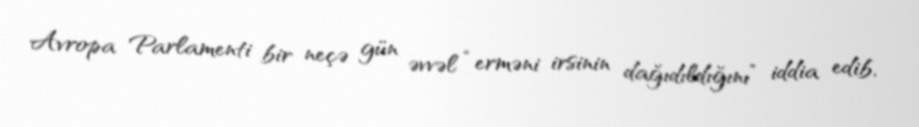
Avropa Parlamenti bir neçə gün əvvəl “erməni irsinin dağıdıldığını” iddia edib,